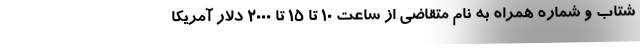
شتاب و شماره همراه به نام متقاضی از ساعت ۱۰ تا ۱۵ تا ۲۰۰۰ دلار آمریکا